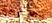
بجامعة